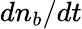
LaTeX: dn_{b}/dt